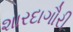
શારદાગૌરી